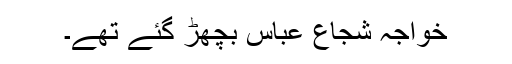
خواجہ شجاع عباس بچھڑ گئے تھے۔